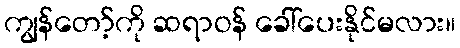
ကျွန်တော့်ကို ဆရာဝန် ခေါ်ပေးနိုင်မလား။